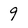
Character: 9